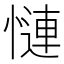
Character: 慩